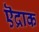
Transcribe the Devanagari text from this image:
ऎद्राक